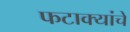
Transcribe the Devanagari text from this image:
फटाक्यांचे